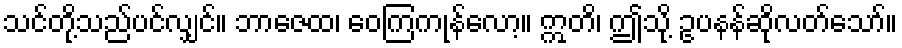
သင်တို့သည်ပင်လျှင်။ ဘာဇေထ၊ ဝေကြကုန်လော့။ ဣတိ၊ ဤသို့ ဥပနန်ဆိုလတ်သော်။